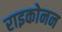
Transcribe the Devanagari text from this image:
राइकोनन